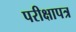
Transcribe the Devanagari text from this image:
परीक्षापत्र